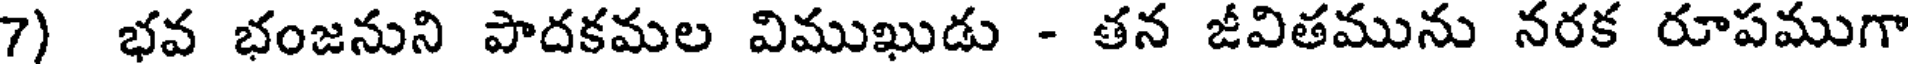
7) భవ భంజనుని పాదకమల విముఖుడు - తన జీవితమును నరక రూపముగా